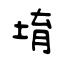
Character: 堉